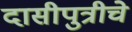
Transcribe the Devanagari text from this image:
दासीपुत्रीचे